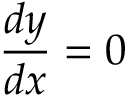
\frac { d y } { d x } = 0